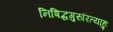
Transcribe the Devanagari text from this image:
निषिद्धगुरुरित्याहुः